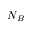
N _ { B }